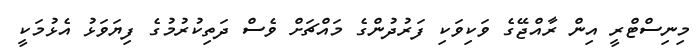
މިނިސްޓްރީ އިން ރާއްޖޭގެ ވަކިވަކި ފަރުދުންގެ މައްޗަށް ވެސް ދަތިކުރުމުގެ ފިޔަވަޅު އެޅުމަކީ